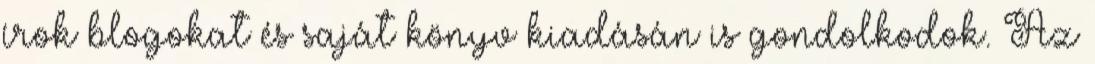
írok blogokat és saját könyv kiadásán is gondolkodok. Az